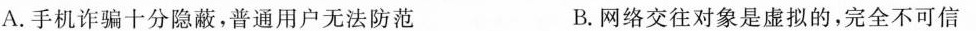
A.手机诈骗十分隐蔽，普通用户无法防范 B.网络交往对象是虚拟的，完全不可信